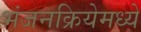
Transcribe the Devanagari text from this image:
भंजनक्रियेमध्ये